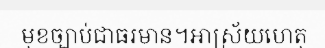
មុខច្បាប់ជាធរមាន។អាស្រ័យហេតុ